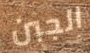
الجبن